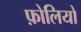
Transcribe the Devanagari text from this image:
फ़ोलियो